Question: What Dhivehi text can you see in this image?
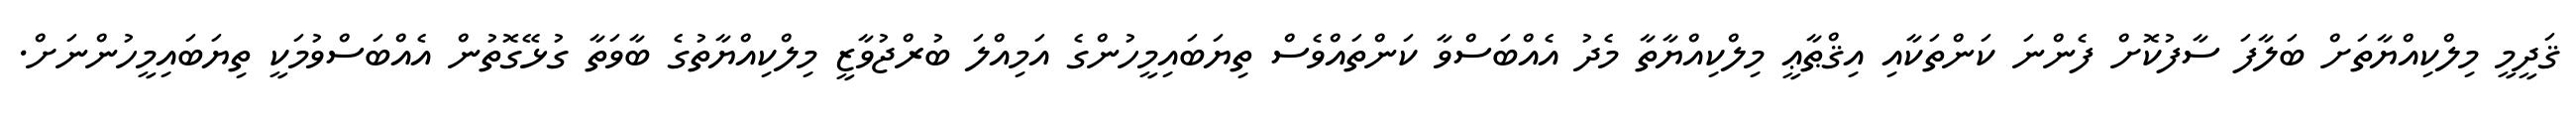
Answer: ޤަދީމީ މިލްކިއްޔާތަށް ބަލާފަ ސާފުކޮށް ފެންނަ ކަންތަކާއި އިޤްޠާޢީ މިލްކިއްޔާތާ މެދު އެއްބަސްވާ ކަންތައްވެސް ތިޔަބައިމީހުންގެ އަމިއްލަ ބުރްޖުވާޒީ މިލްކިއްޔާތުގެ ބާވަތާ ގުޅޭގޮތުން އެއްބަސްވުމަކީ ތިޔަބައިމީހުންނަށް.